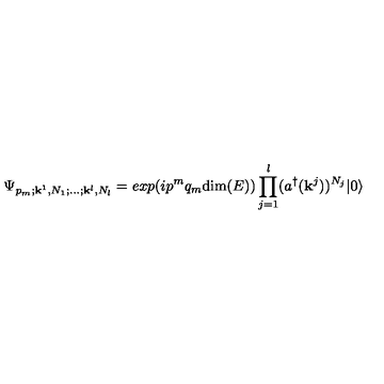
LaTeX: \Psi _ { p _ { m } ; { \bf k } ^ { 1 } , N _ { 1 } ; \dots ; { \bf k } ^ { l } , N _ { l } } = e x p ( i p ^ { m } q _ { m } \mathrm { d i m } ( E ) ) \prod _ { j = 1 } ^ { l } ( a ^ { \dagger } ( { \bf k } ^ { j } ) ) ^ { N _ { j } } | 0 \rangle